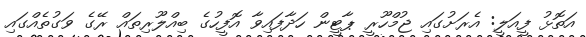
އަތޮޅު ފީއަލީ: އެރަށުގައި ޖުމްހޫރީ ޕާޓީން ހަދާފައިވާ އޮފީހުގެ ބިއްލޫރިތައް ރޭގެ ވަގުތެއްގައި